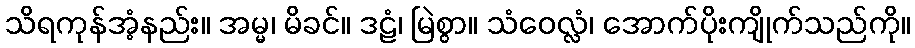
သိရကုန်အံ့နည်း။ အမ္မ၊ မိခင်။ ဒဠံ၊ မြဲစွာ။ သံဝေလ္လံ၊ အောက်ပိုးကျိုက်သည်ကို။